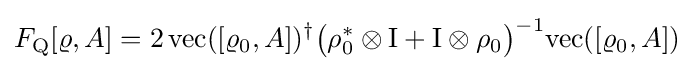
F_{\rm {Q}}[\varrho ,A]=2\,{\text{vec}}([\varrho _{0},A])^{\dagger }{\big (}\rho _{0}^{*}\otimes {\rm {I}}+{\rm {I}}\otimes \rho _{0}{\big )}^{-1}{\text{vec}}([\varrho _{0},A])